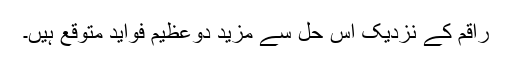
راقم کے نزدیک اس حل سے مزید دوعظیم فواید متوقع ہیں۔